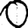
Digit: 0